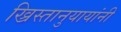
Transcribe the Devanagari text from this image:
ख्रिस्तानुयायांनी